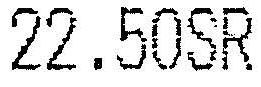
22.50SR